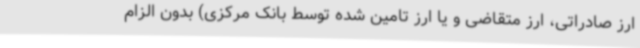
ارز صادراتی، ارز متقاضی و یا ارز تامین شده توسط بانک مرکزی) بدون الزام